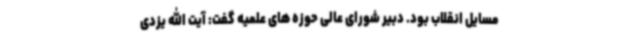
مسایل انقلاب بود. دبیر شورای عالی حوزه های علمیه گفت: آیت الله یزدی